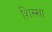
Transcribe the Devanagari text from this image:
शिस्खा